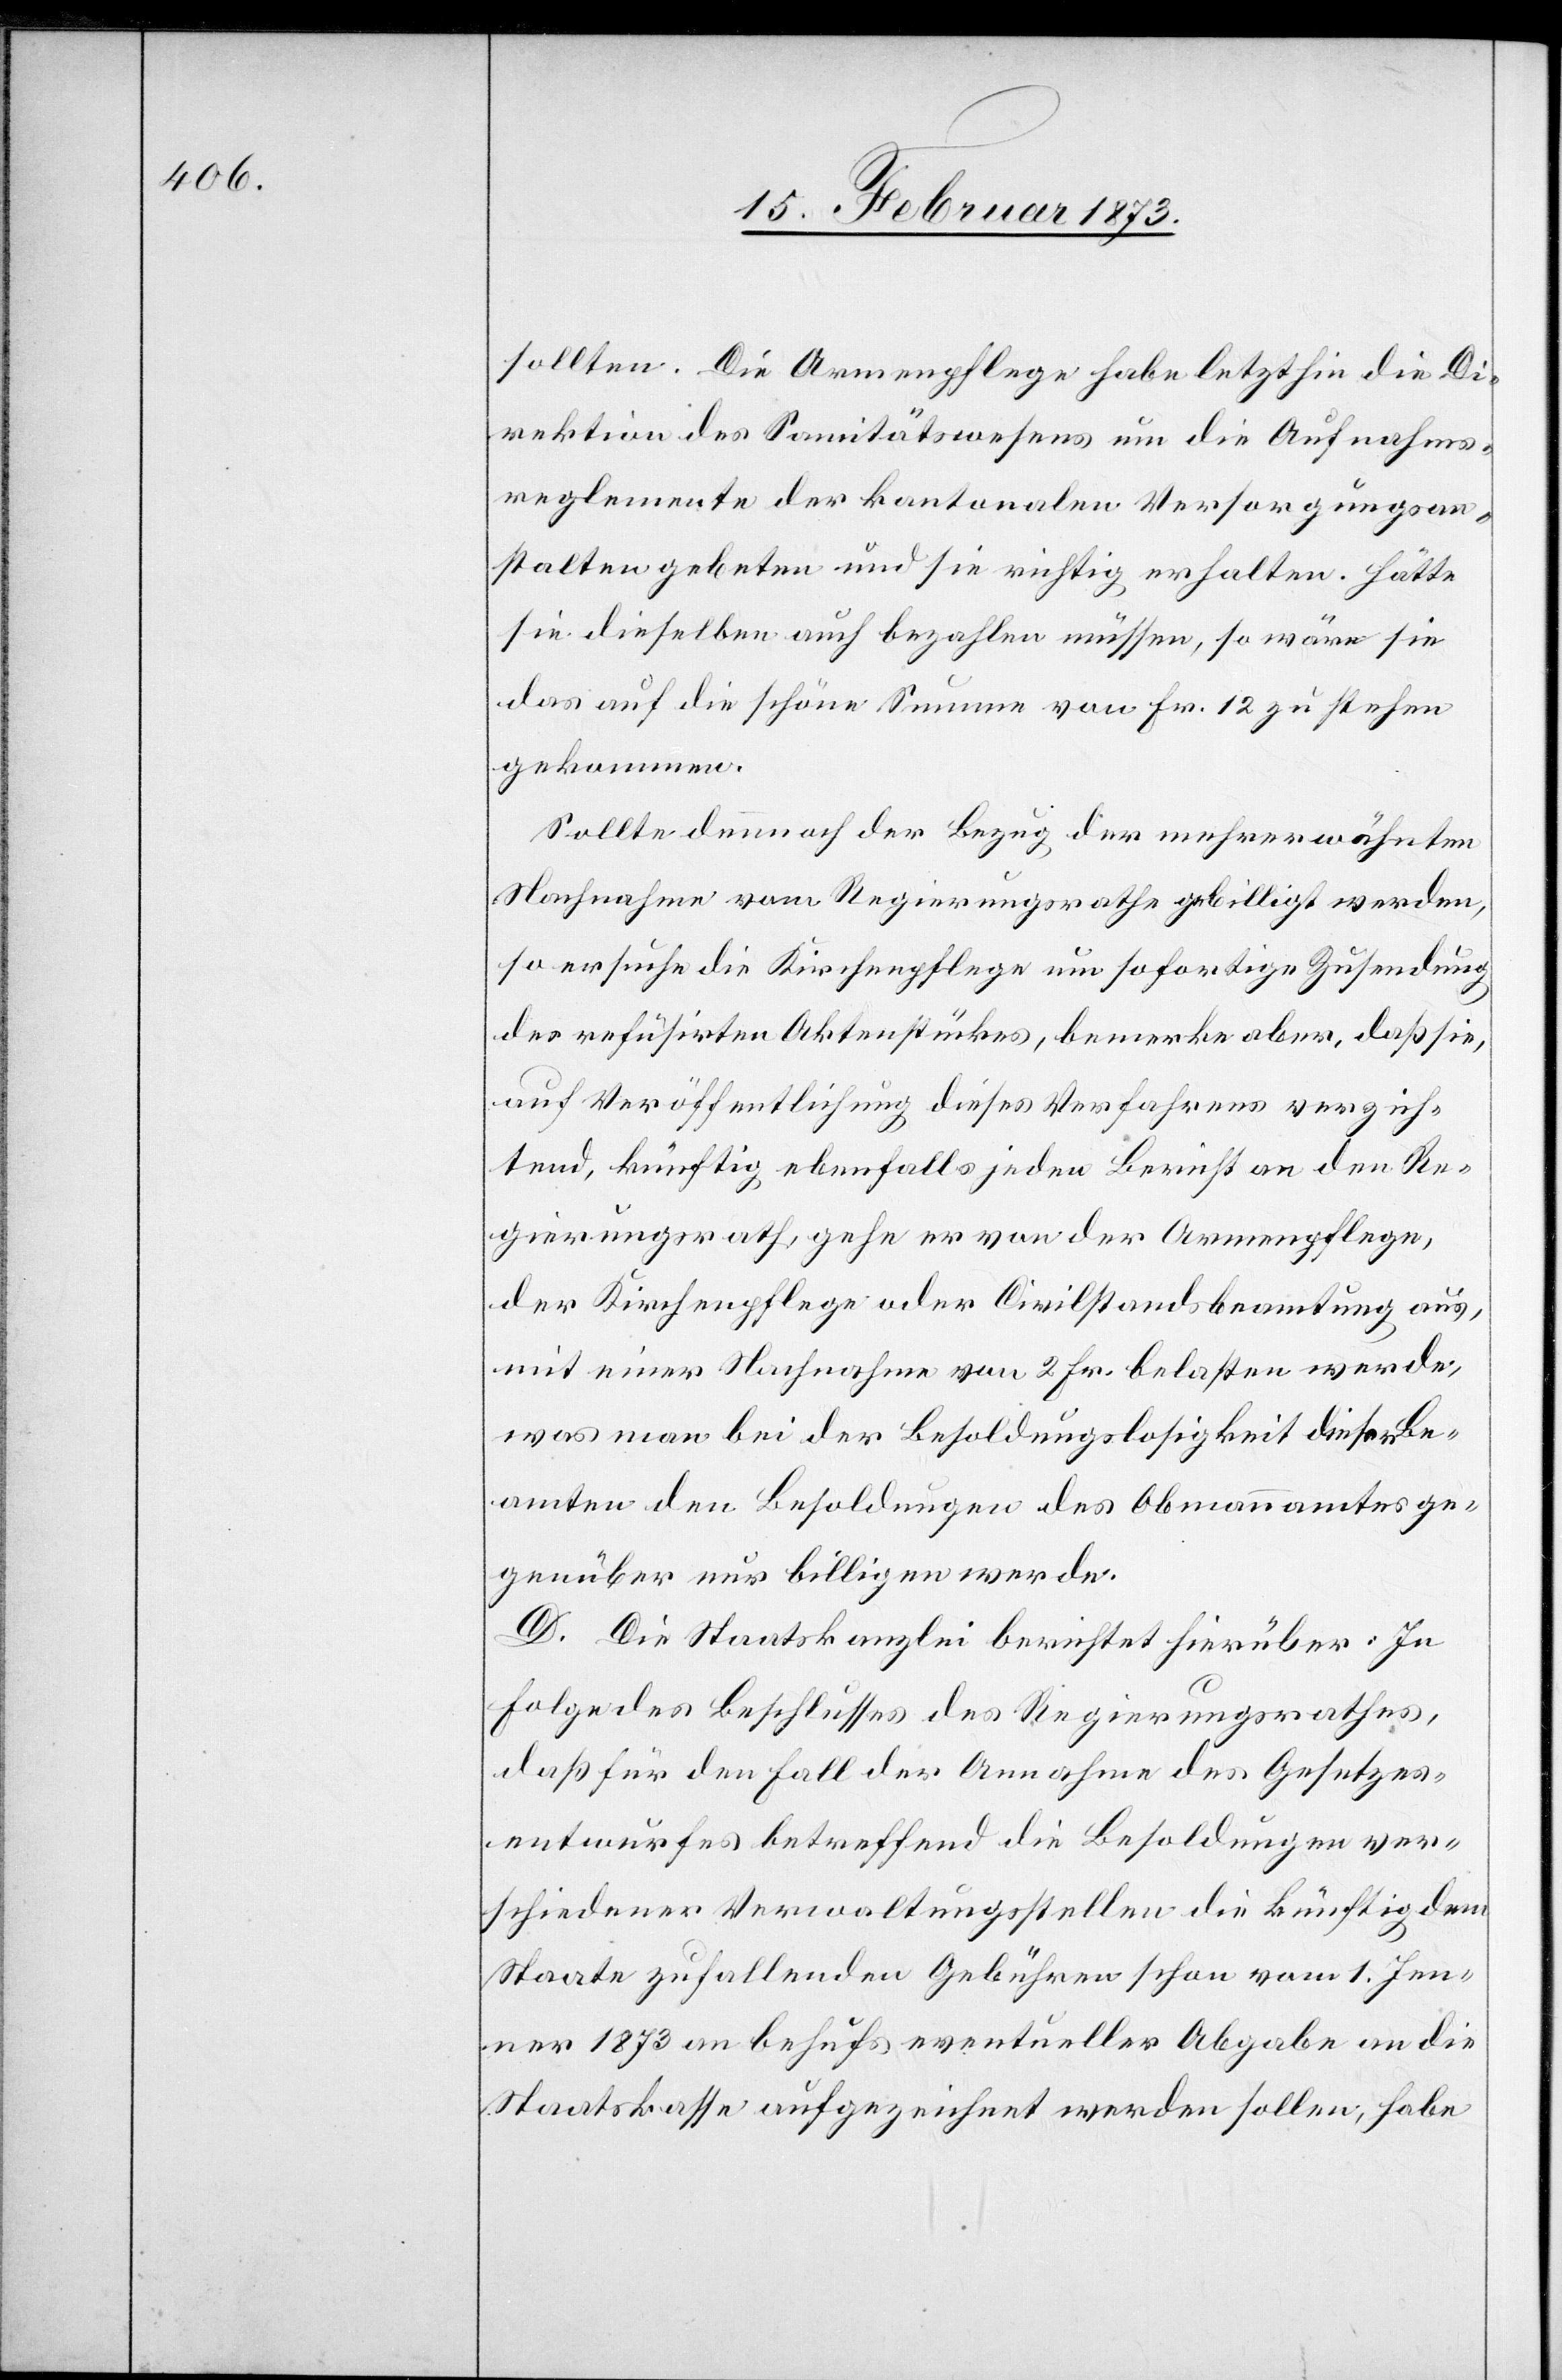
sollten. Die Armenpflege habe letzthin die Di¬
rektion des Sanitätswesens um die Aufnahms¬
reglemente der kantonalen Versorgungsan¬
stalten gebeten und sie richtig erhalten. Hätte
sie dieselben auch bezahlen müssen, so wäre sie
das auf die schöne Summe von Fr. 12 zu stehen
gekommen.
Sollte demnach der Bezug der mehrerwähnten
Nachnahme vom Regierungsrathe gebilligt werden,
so ersuche die Kirchenpflege um sofortige Zusendung
des refüsirten Aktenstückes, bemerke aber, daß sie,
auf Veröffentlichung dieses Verfahrens verzich¬
tend, künftig ebenfalls jeden Bericht an den Re¬
gierungsrath, gehe er von der Armenpflege,
der Kirchenpflege oder Civilstandsbeamtung aus,
mit einer Nachnahme von 2 Fr. belasten werde,
was man bei der Besoldungslosigkeit dieser Be¬
amten den Besoldungen des Obmannamtes ge¬
genüber nur billigen werde.
D. Die Staatskanzlei berichtet hierüber: In
Folge des Beschlusses des Regierungsrathes,
daß für den Fall der Annahme des Gesetzes¬
entwurfes betreffend die Besoldungen ver¬
schiedener Verwaltungsstellen die künftig dem
Staate zufallenden Gebühren schon vom 1. Jen¬
ner 1873 an behufs eventueller Abgabe an die
Staatskasse aufgezeichnet werden sollen, habe